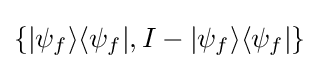
\{|\psi _{f}\rangle \langle \psi _{f}|,I-|\psi _{f}\rangle \langle \psi _{f}|\}